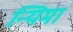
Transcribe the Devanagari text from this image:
न्यिमा